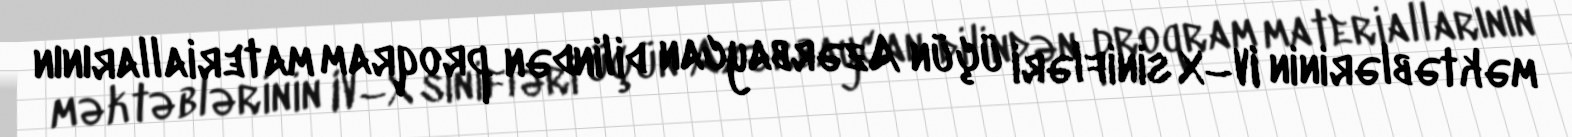
məktəblərinin IV–X sinifləri üçün Azərbaycan dilindən proqram materiallarının